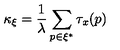
\kappa _ { \xi } = \frac { 1 } { \lambda } \sum _ { p \in \xi ^ { * } } \tau _ { x } ( p )